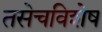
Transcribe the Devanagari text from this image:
तसेचविशेष